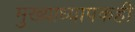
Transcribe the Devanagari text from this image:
मुख्याध्यापकही